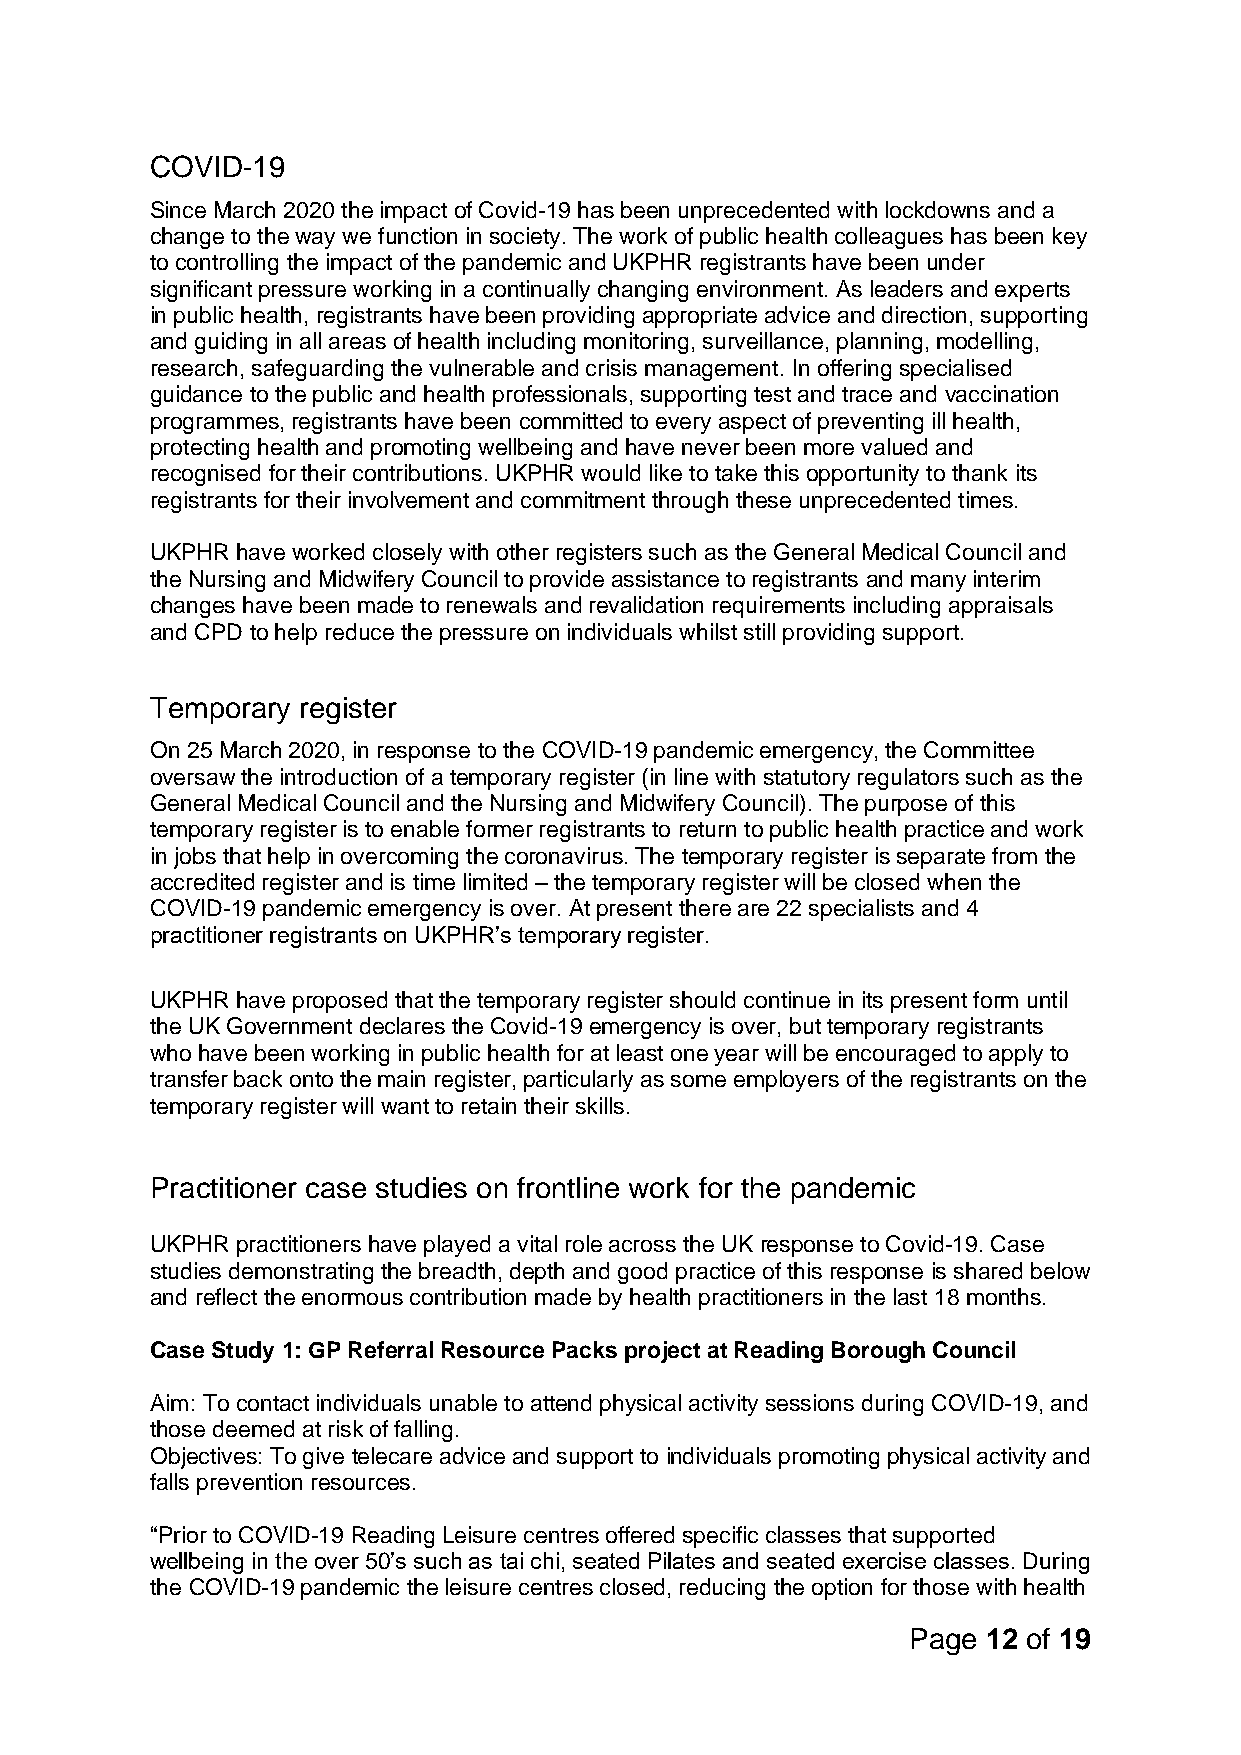
COVID-19
 Since March 2020 the impact of Covid-19 has been unprecedented with lockdowns and a
 change to the way we function in society. The work of public health colleagues has been key
 to controlling the impact of the pandemic and UKPHR registrants have been under
 significant pressure working in a continually changing environment. As leaders and experts
 in public health, registrants have been providing appropriate advice and direction, supporting
 and guiding in all areas of health including monitoring, surveillance, planning, modelling,
 research, safeguarding the vulnerable and crisis management. In offering specialised
 guidance to the public and health professionals, supporting test and trace and vaccination
 programmes, registrants have been committed to every aspect of preventing ill health,
 protecting health and promoting wellbeing and have never been more valued and
 recognised for their contributions. UKPHR would like to take this opportunity to thank its
 registrants for their involvement and commitment through these unprecedented times.
 UKPHR have worked closely with other registers such as the General Medical Council and
 the Nursing and Midwifery Council to provide assistance to registrants and many interim
 changes have been made to renewals and revalidation requirements including appraisals
 and CPD to help reduce the pressure on individuals whilst still providing support.
 Temporary register
 On 25 March 2020, in response to the COVID-19 pandemic emergency, the Committee
 oversaw the introduction of a temporary register (in line with statutory regulators such as the
 General Medical Council and the Nursing and Midwifery Council). The purpose of this
 temporary register is to enable former registrants to return to public health practice and work
 in jobs that help in overcoming the coronavirus. The temporary register is separate from the
 accredited register and is time limited – the temporary register will be closed when the
 COVID-19 pandemic emergency is over. At present there are 22 specialists and 4
 practitioner registrants on UKPHR’s temporary register.
 UKPHR have proposed that the temporary register should continue in its present form until
 the UK Government declares the Covid-19 emergency is over, but temporary registrants
 who have been working in public health for at least one year will be encouraged to apply to
 transfer back onto the main register, particularly as some employers of the registrants on the
 temporary register will want to retain their skills.
 Practitioner case studies on frontline work for the pandemic
 UKPHR practitioners have played a vital role across the UK response to Covid-19. Case
 studies demonstrating the breadth, depth and good practice of this response is shared below
 and reflect the enormous contribution made by health practitioners in the last 18 months.
 Case Study 1: GP Referral Resource Packs project at Reading Borough Council
 Aim: To contact individuals unable to attend physical activity sessions during COVID-19, and
 those deemed at risk of falling.
 Objectives: To give telecare advice and support to individuals promoting physical activity and
 falls prevention resources.
 “Prior to COVID-19 Reading Leisure centres offered specific classes that supported
 wellbeing in the over 50’s such as tai chi, seated Pilates and seated exercise classes. During
 the COVID-19 pandemic the leisure centres closed, reducing the option for those with health
 Page 12 of 19